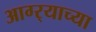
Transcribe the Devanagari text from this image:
आग्‍र्‍याच्या